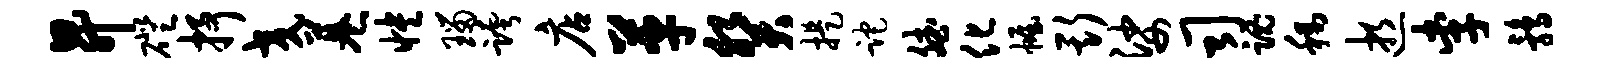
升磴抒交巷怏瑙跨店革癸提跎斌化幄斯娑司魂称逝李鹑